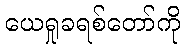
ယေရှုခရစ်တော်ကို